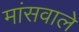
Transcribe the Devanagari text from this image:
मांसवाले